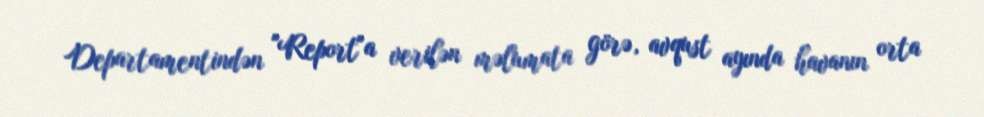
Departamentindən "Report"a verilən məlumata görə, avqust ayında havanın orta